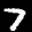
Label: 7